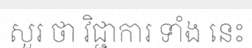
សួរ ថា វិជ្ជាការ ទាំង នេះ